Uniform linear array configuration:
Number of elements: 4
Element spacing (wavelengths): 0.25
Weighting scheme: hamming
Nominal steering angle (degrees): -15
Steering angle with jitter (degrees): -14.706
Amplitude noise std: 0.05
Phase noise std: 0.05

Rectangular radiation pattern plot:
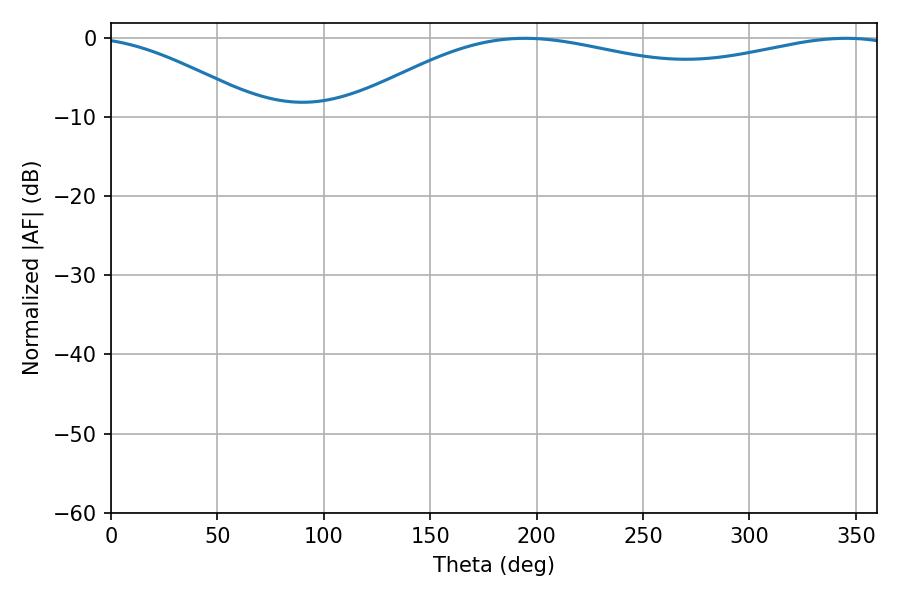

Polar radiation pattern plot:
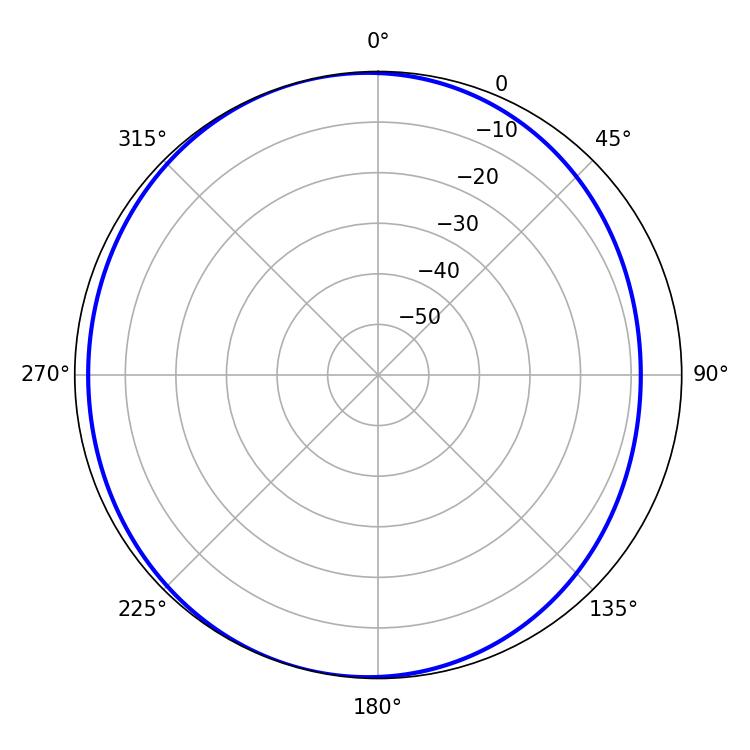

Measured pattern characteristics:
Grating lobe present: FALSE
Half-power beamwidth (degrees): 212.04
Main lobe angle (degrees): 194.58